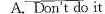
A. Don't do it.